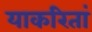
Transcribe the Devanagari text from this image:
याकरितां